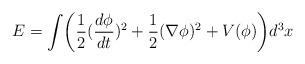
LaTeX: \begin{align*}E=\int \biggl(\frac 12(\frac{d\phi }{dt})^2 +\frac 12(\nabla \phi )^2+V(\phi)\biggr)d^3x\end{align*}